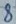
Text: 8